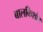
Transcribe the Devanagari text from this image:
बालकिशोर